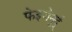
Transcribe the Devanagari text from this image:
फेइजेनूर्द्